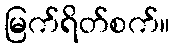
မြက်ရိတ်စက်။